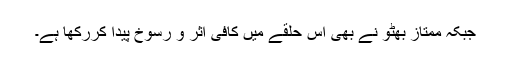
جبکہ ممتاز بھٹو نے بھی اس حلقے میں کافی اثر و رسوخ پیدا کررکھا ہے۔